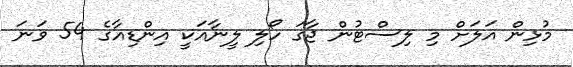
މުޅިން އަލަށް މި ލިސްޓުން ޖާގަ ހޯލި ލީނާއަކީ އިންޑިއާގެ 54 ވަނަ